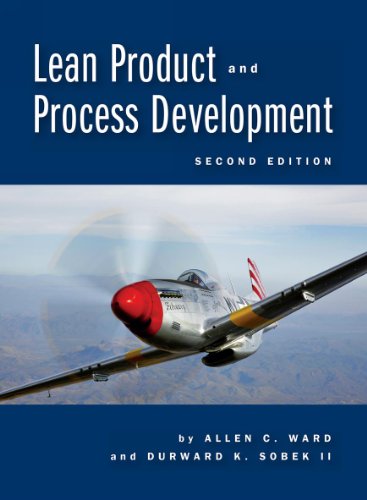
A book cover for Lean Product and Process Development; Allen C. Ward; Business & Money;